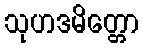
သုဟဒမိတ္တော